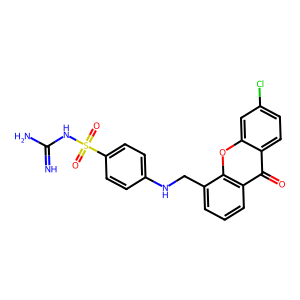
SMILES: N=C(N)NS(=O)(=O)c1ccc(NCc2cccc3c(=O)c4ccc(Cl)cc4oc23)cc1
Inhibits HIV replication: No